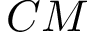
C M